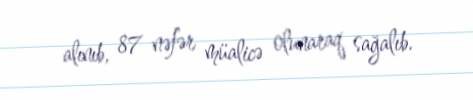
alınıb, 87 nəfər müalicə olunaraq sağalıb.